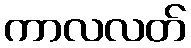
ကာလလတ်